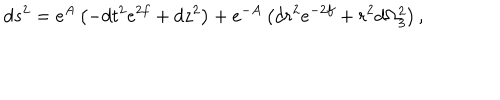
d s ^ { 2 } = e ^ { A } \left( - d t ^ { 2 } e ^ { 2 f } + d z ^ { 2 } \right) + e ^ { - A } \left( d r ^ { 2 } e ^ { - 2 f } + r ^ { 2 } d \Omega _ { 3 } ^ { 2 } \right) ,